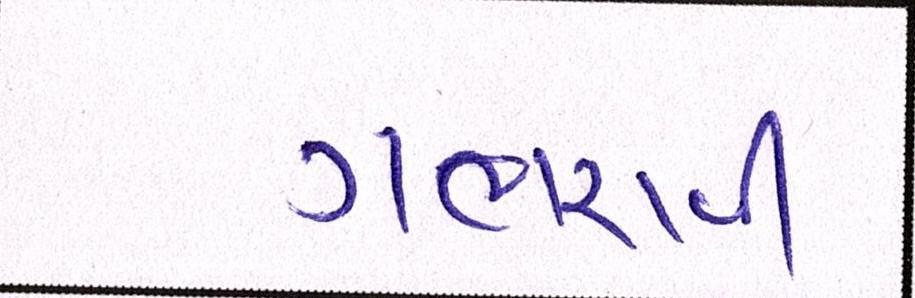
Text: ગભરાવી